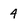
Character: 4